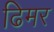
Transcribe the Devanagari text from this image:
ढिमर